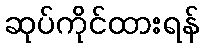
ဆုပ်ကိုင်ထားရန်